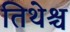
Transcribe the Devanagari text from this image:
तिथेश्च